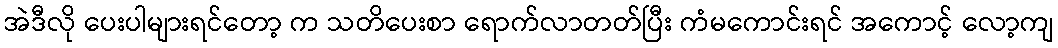
အဲဒီလို ပေးပါများရင်တော့ က သတိပေးစာ ရောက်လာတတ်ပြီး ကံမကောင်းရင် အကောင့် လော့ကျ